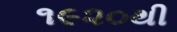
૧૯૨૦થી